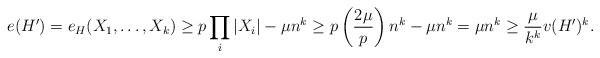
\begin{align*} e(H') = e_H(X_1,\dots,X_k) \geq p \prod_i |X_i| - \mu n^k \geq p \left( \frac{2\mu}{p} \right) n^k - \mu n^k = \mu n^k \geq \frac{\mu}{k^k} v(H')^k.\end{align*}